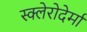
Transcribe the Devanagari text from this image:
स्क्लेरोदेर्मा